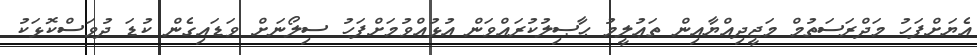
އެޔަށްފަހު މަދްރަސަތުމް މަޖީދިއްޔާއިން ތަޢުލީމު ޙާޞިލުކުރައްވަން އުޅުއްވުމަށްފަހު ސިލޯނަށް ވަޑައިގެން ކުޑަ ދުވަސްކޮޅަކު